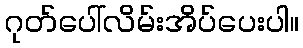
ဂုတ်ပေါ်လိမ်းအိပ်ပေးပါ။